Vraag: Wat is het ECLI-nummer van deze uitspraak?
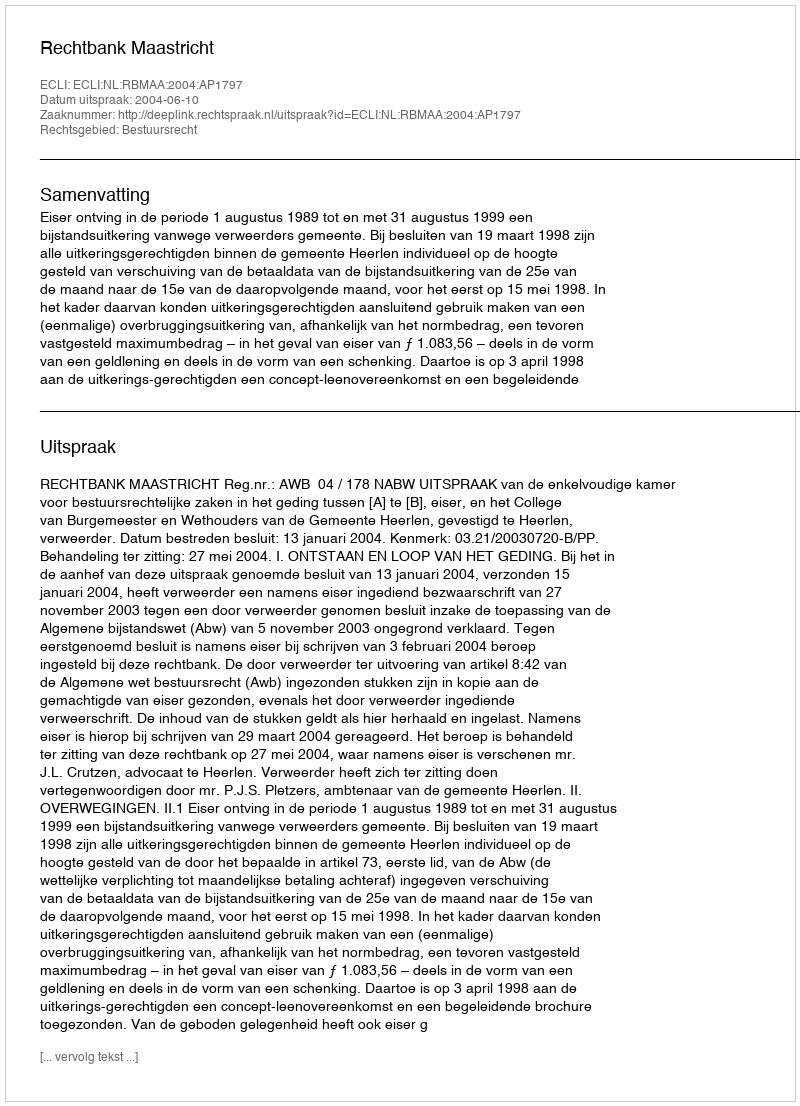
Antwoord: ECLI:NL:RBMAA:2004:AP1797